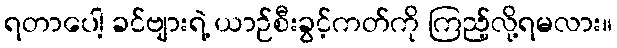
ရတာပေါ့ ခင်ဗျားရဲ့ ယာဉ်စီးခွင့်ကတ်ကို ကြည့်လို့ရမလား။